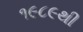
૧૯૮૯થી